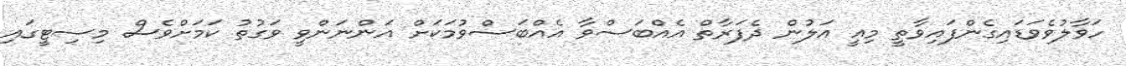
ހަވާލުވެވަޑައިގެންފައިވާތީ މިއީ އަލުން ދެފަރާތް އެއްބަސްވާ އެއްބަސްވުމަކަށް އަންނަންވީ ވަގުތު ކަމަށްވެސް މިސިޓީގައި